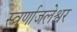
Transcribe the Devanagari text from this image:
स्वर्णाजलेश्वर